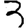
Digit: 3